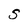
Character: s